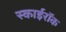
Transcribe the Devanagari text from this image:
स्काईरॉक